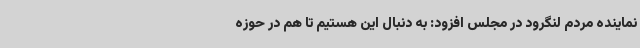
نماینده مردم لنگرود در مجلس افزود: به دنبال این هستیم تا هم در حوزه